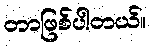
တာဖြစ်ပါတယ်။